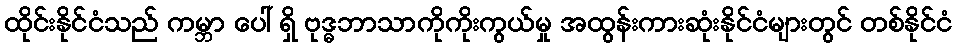
ထိုင်းနိုင်ငံသည် ကမ္ဘာ ပေါ် ရှိ ဗုဒ္ဓဘာသာကိုကိုးကွယ်မှု အထွန်းကားဆုံးနိုင်ငံများတွင် တစ်နိုင်ငံ